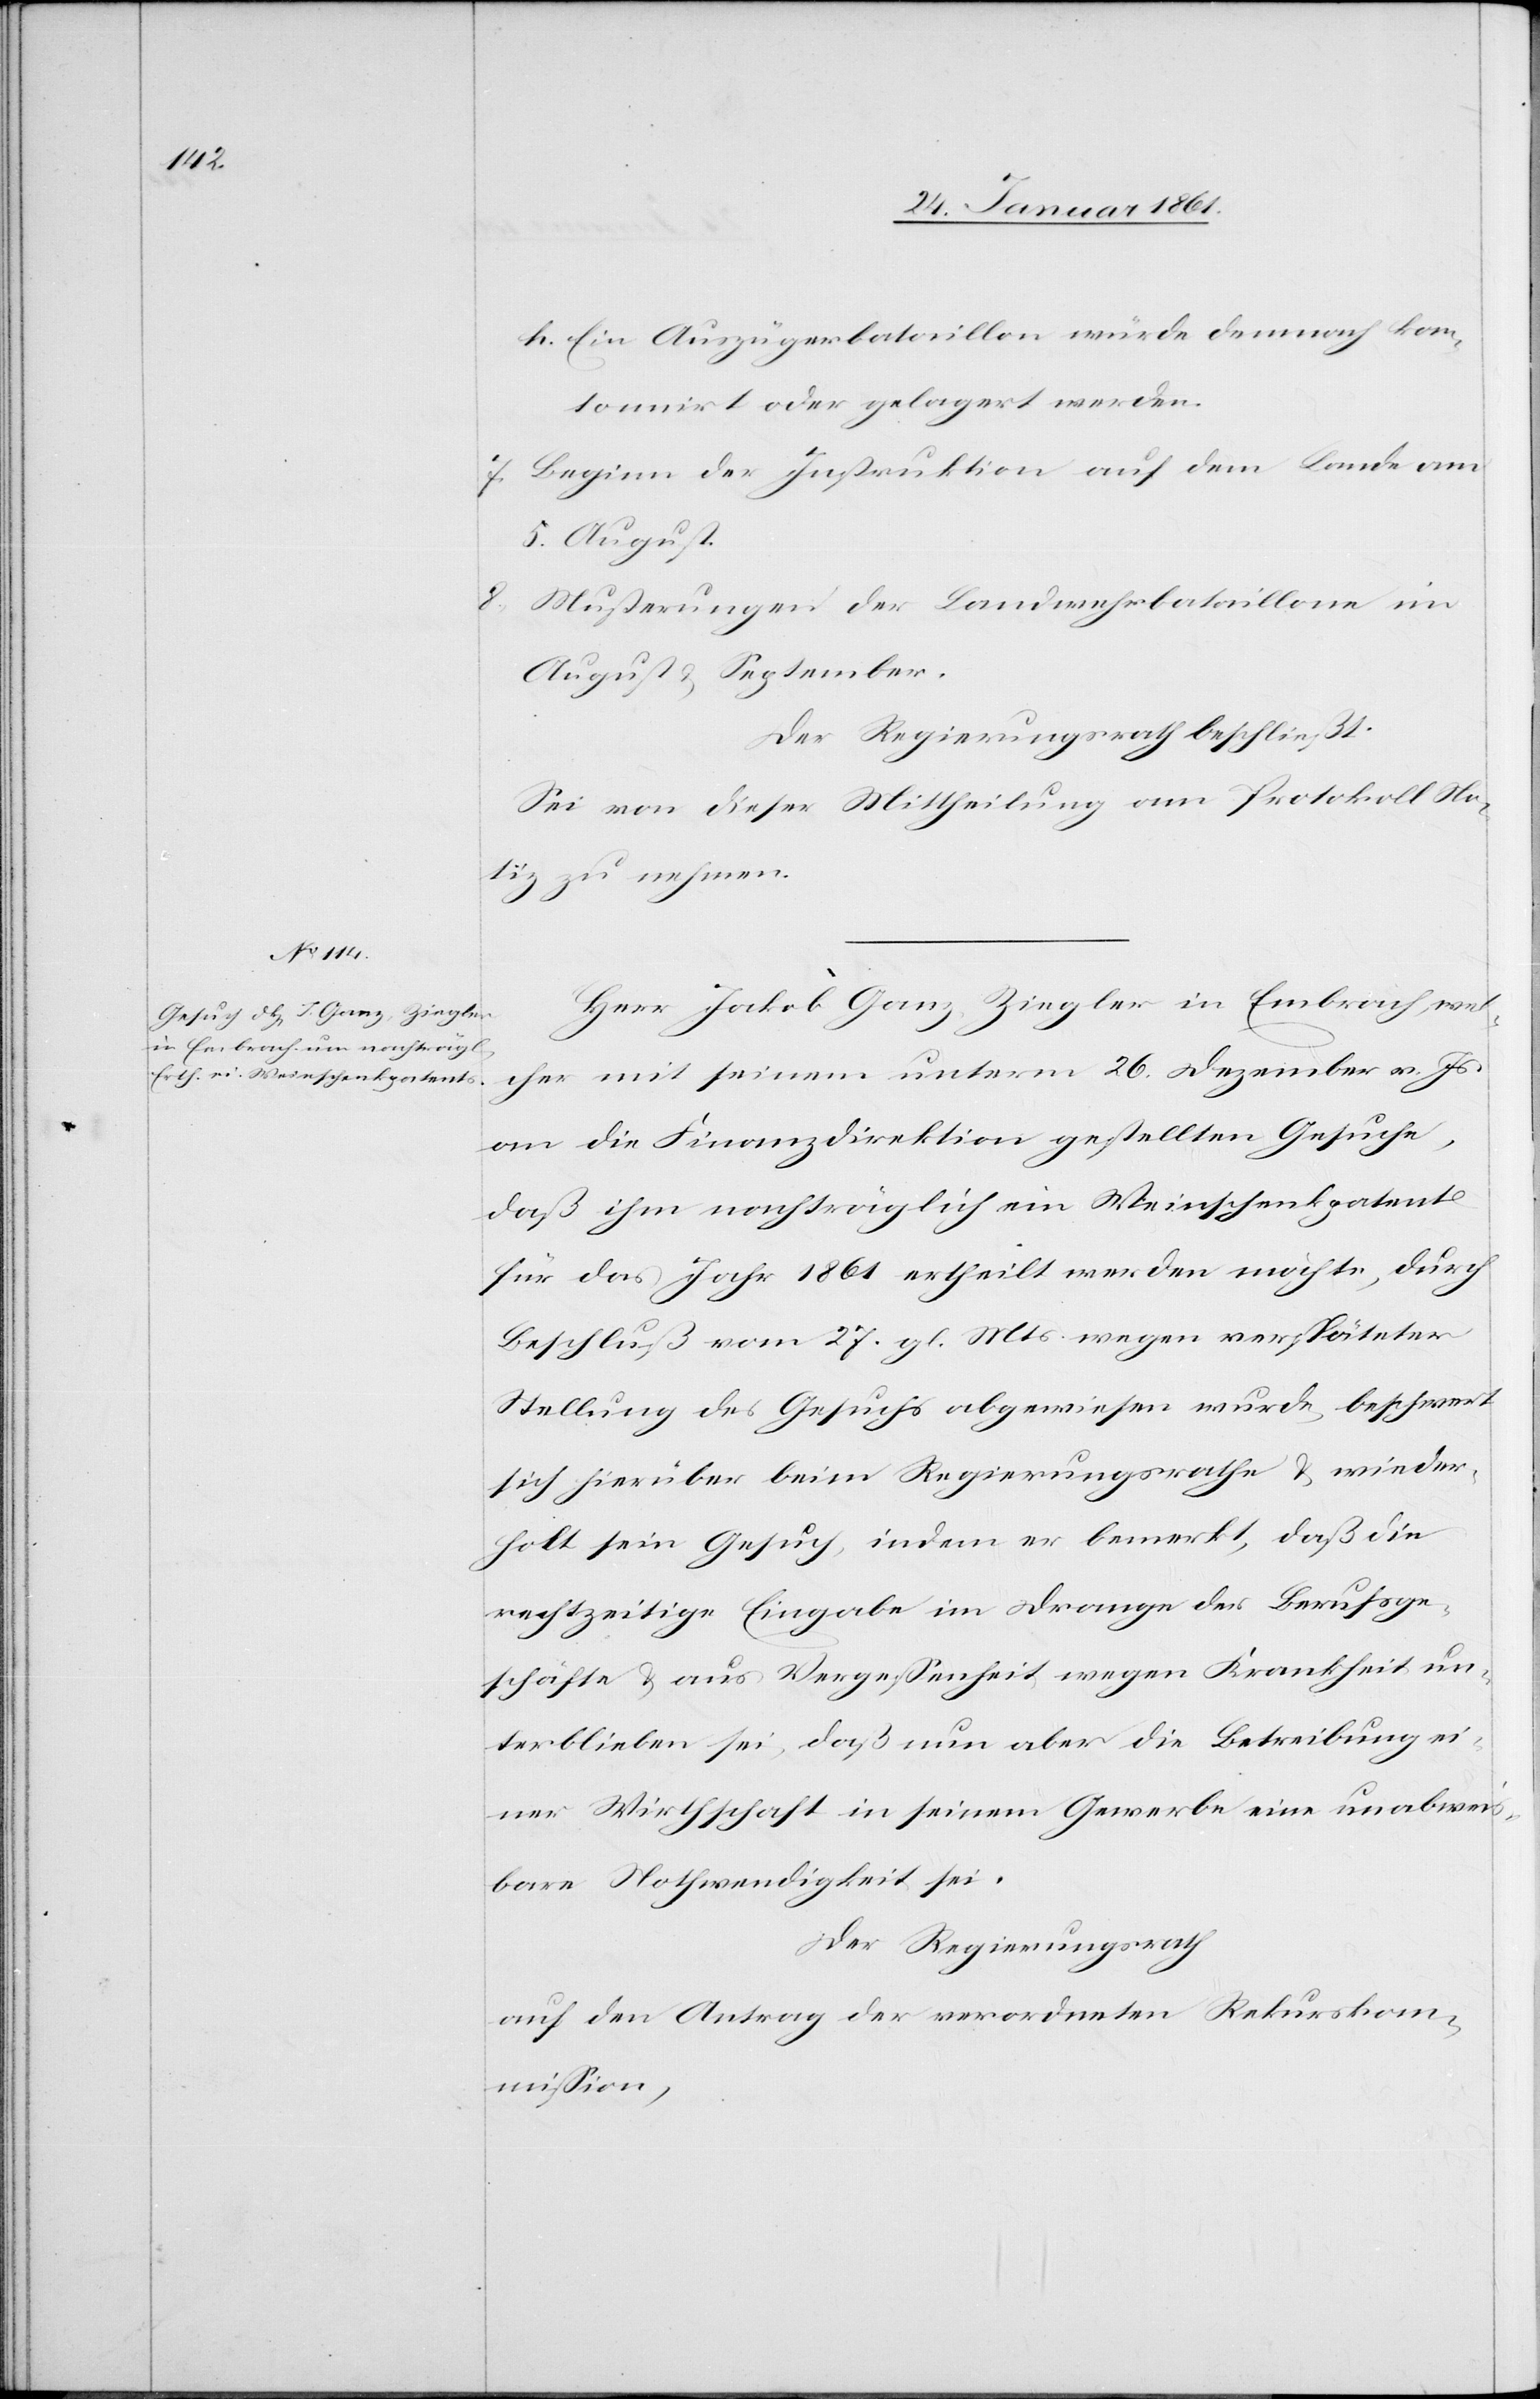
h. Ein Auszügerbataillon würde demnach ka¬
sernirt oder gelagert werden.
7. Beginn der Instruktion auf dem Lande am
5. August.
8.
Musterungen der Landwehrbataillone im
August u. September.
Der Regierungsrath beschließt:
Sei von dieser Mittheilung am Protokoll No¬
tiz zu nehmen.
Herr Jakob Ganz, Ziegler in Embrach, wel¬
cher mit seinem unterm 26. Dezember v. Js.
an die Finanzdirektion gestellten Gesuche,
daß ihm nachträglich ein Weinschenkpatent
für das Jahr 1861 ertheilt werden möchte, durch
Beschluß vom 27. gl. Mts. wegen verspäteter
Stellung des Gesuchs abgewiesen wurde, beschwert
sich hierüber beim Regierungsrathe u. wieder¬
holt sein Gesuch, indem er bemerkt, daß die
rechtzeitige Eingabe im Drange der Berufsge¬
schäfte u. aus Vergessenheit wegen Krankheit un¬
terblieben sei, daß nun aber die Betreibung ei¬
ner Wirthschaft in seinem Gewerbe eine unabweis¬
bare Nothwendigkeit sei.
Der Regierungsrath
auf den Antrag der verordneten Rekurskom¬
mission,